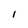
Character: l